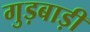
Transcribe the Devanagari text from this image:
गुड़बाड़ी